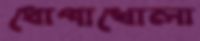
ধোপাখোলা